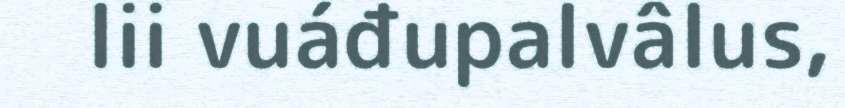
lii vuáđupalvâlus,